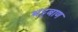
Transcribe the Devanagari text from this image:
भट्टबाण